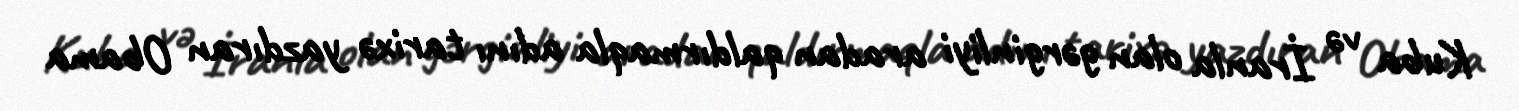
Kuba və İranla olan gərginliyi aradan qaldırmaqla adını tarixə yazdıran Obama